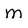
Character: m